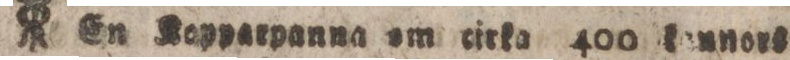
En Kopparpanna am eirka 400 kennors